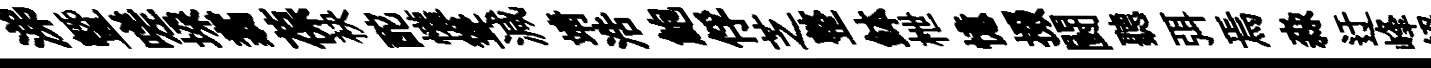
涕曁嗟垜翥葆袂酡懽聳減靖浩鮑俘芝整鉢枻憶掇闘聽弭焉淼迂峰絕